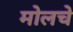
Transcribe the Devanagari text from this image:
मोलचे